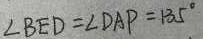
\angle B E D = \angle D A P = 1 3 5 ^ { \circ }